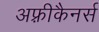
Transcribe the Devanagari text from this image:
अफ़्रीकैनर्स